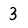
Character: 3